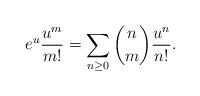
LaTeX: \begin{align*}e^{u}\frac{u^{m}}{m!} &= \sum_{n\geq 0} \binom{n}{m}\frac{u^{n}}{n!}.\end{align*}